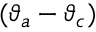
( \vartheta _ { a } - \vartheta _ { c } )